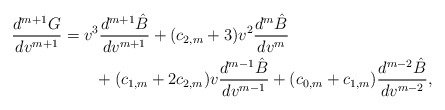
\begin{align*} \frac{d^{m+1}G}{dv^{m+1}}&=v^3\frac{d^{m+1}\hat{B}}{dv^{m+1}}+(c_{2,m}+3)v^2\frac{d^{m}\hat{B}}{dv^{m}}\\&\qquad+(c_{1,m}+2c_{2,m})v\frac{d^{m-1}\hat{B}}{dv^{m-1}}+(c_{0,m}+c_{1,m})\frac{d^{m-2}\hat{B}}{dv^{m-2}},\end{align*}